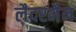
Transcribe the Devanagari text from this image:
लैदरमैन